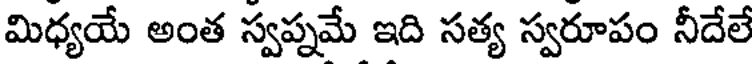
మిధ్యయే అంత స్వప్నమే ఇది సత్య స్వరూపం నీదేలే